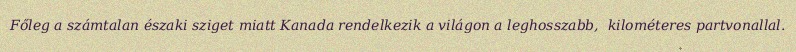
Főleg a számtalan északi sziget miatt Kanada rendelkezik a világon a leghosszabb,  kilométeres partvonallal.